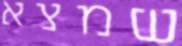
שמצא